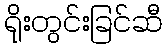
ရိုးတွင်းခြင်ဆီ